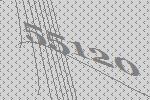
55120